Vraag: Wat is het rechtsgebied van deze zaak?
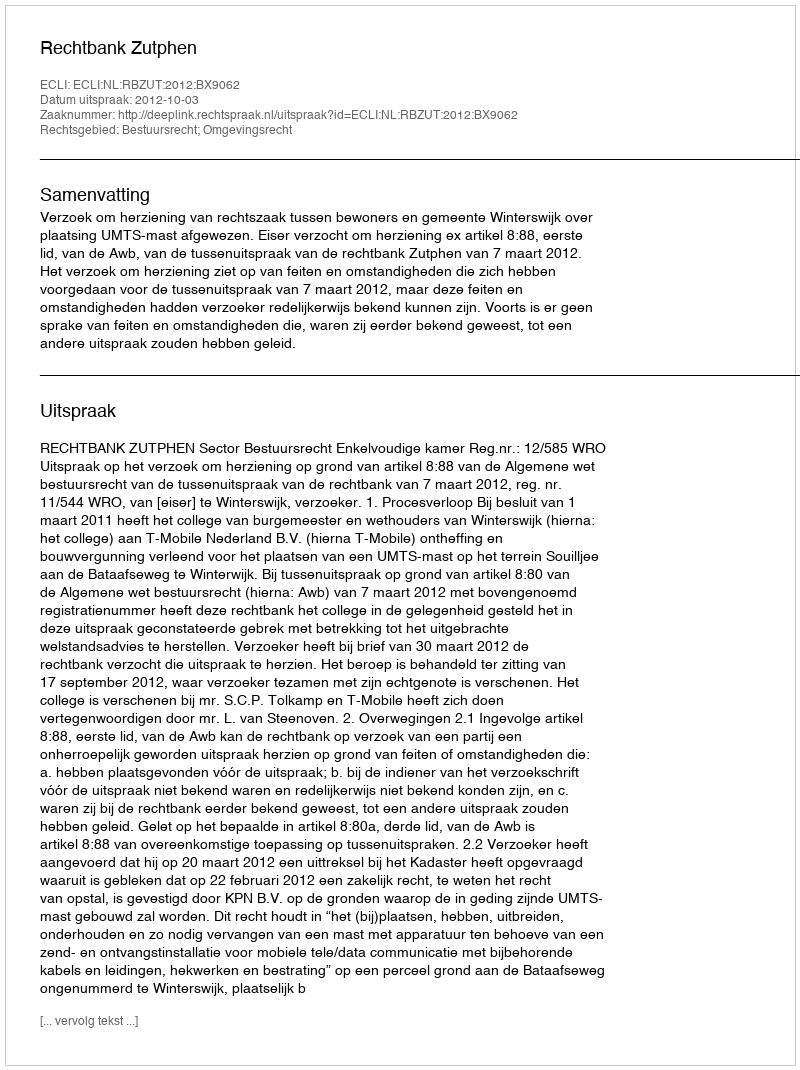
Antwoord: Bestuursrecht; Omgevingsrecht